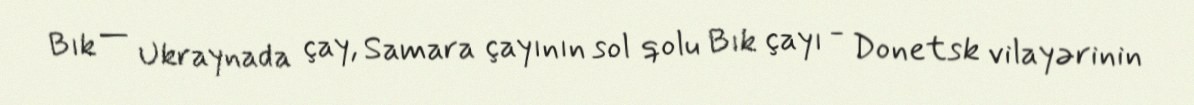
Bık — Ukraynada çay, Samara çayının sol qolu Bık çayı - Donetsk vilayərinin